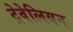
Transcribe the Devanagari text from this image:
ट्रेवेलियन